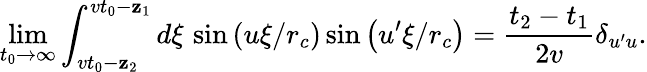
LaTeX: \operatorname*{lim}_{t_{0}\rightarrow\infty}\int_{vt_{0}-\mathbf{z}_{2}}^{vt_{0}-\mathbf{z}_{1}}d\xi\, \sin\left(u\xi/r_{c}\right)\sin\left(u^{\prime}\xi/r_{c}\right)=\frac{{t_{2}-t_{1}}}{{2v}}\delta_{u^{\prime}u}.